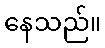
နေသည်။